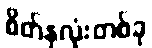
စိတ်နှလုံးတစ်ခု